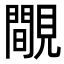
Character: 覸